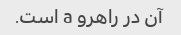
آن در راهرو a است.